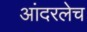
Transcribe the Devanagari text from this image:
आंदरलेच